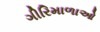
ગીરિમાળાઓ